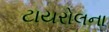
ટાયરોલના